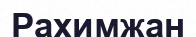
Рахимжан